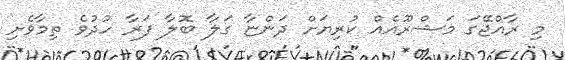
މި ރާއްޖޭގަ މަޝްރޫއެއް ކުރިޔަށް ދަންޏާ ގަލާ ބޮލާ ފަރާ ހުދުވެ ތިމާވެށި